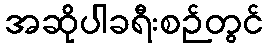
အဆိုပါခရီးစဉ်တွင်